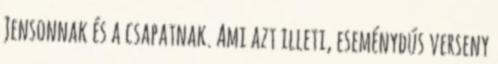
Jensonnak és a csapatnak. Ami azt illeti, eseménydús verseny